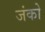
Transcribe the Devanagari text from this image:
जंको